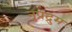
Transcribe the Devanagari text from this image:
नृप्रद्रुम